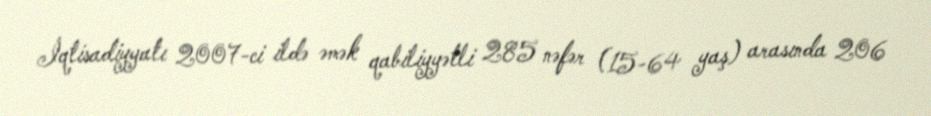
İqtisadiyyatı 2007-ci ildə əmək qabiliyyətli 285 nəfər (15-64 yaş) arasında 206